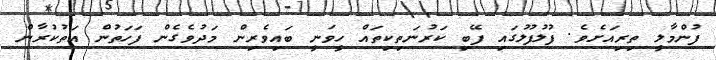
ފުންމާލީ ތިރިއަށެވެ. ފުލުފުލުގައި ފޭބި ކަރުނަތިކިތައް ހީވަނީ ބައިވެރިން މަދުވެގެން ފަހަތުން އަތުކުރާން